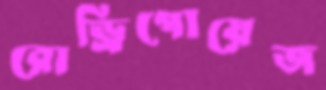
রোড্রিগোয়েজ